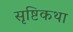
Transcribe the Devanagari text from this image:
सृष्टिकथा